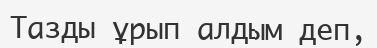
Тазды ұрып алдым деп,